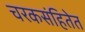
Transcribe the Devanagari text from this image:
चरकसंहितेत